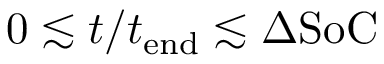
0 \lesssim t / t _ { \mathrm { e n d } } \lesssim \Delta \mathrm { S o C }